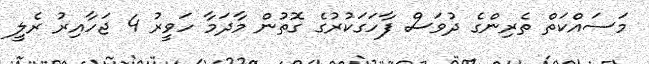
މަސައްކަތް ތެރިންގެ ދުވަސް ފާހަގަކުރުގެ ގޮތުން މާދަމާ ހަވީރު 4 ޖަހާއިރު ރެލީ